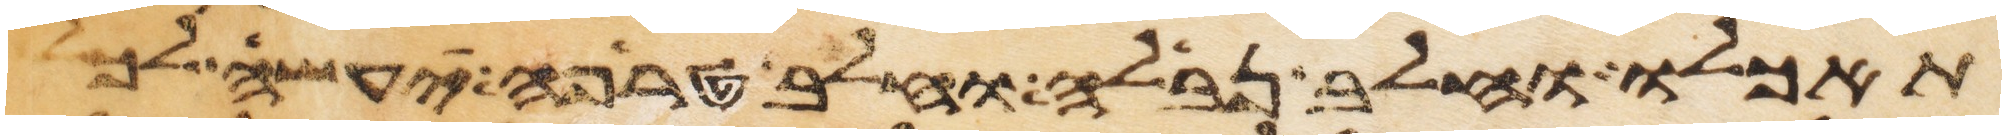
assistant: תאכלו וחלב נבלה וחלב טרפה יעשה לכל